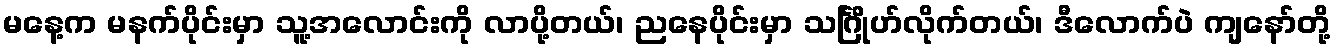
မနေ့က မနက်ပိုင်းမှာ သူ့အလောင်းကို လာပို့တယ်၊ ညနေပိုင်းမှာ သင်္ဂြိုဟ်လိုက်တယ်၊ ဒီလောက်ပဲ ကျနော်တို့